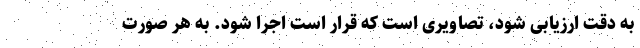
به دقت ارزیابی شود، تصاویری است که قرار است اجرا شود. به هر صورت